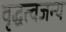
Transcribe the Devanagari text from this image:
वृद्धत्वजन्य